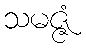
သမဇ္ဇံ